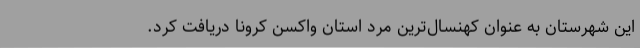
این شهرستان به عنوان کهنسال‌ترین مرد استان واکسن کرونا دریافت کرد.